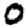
Digit: 0